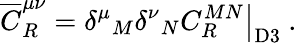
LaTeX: {\overline{{C}}}_{R}^{\mu\nu}=\left.{\delta^{\mu}}_{M}{\delta^{\nu}}_{N}C_{R}^{MN}\right|_{\mathrm{D3}}~.